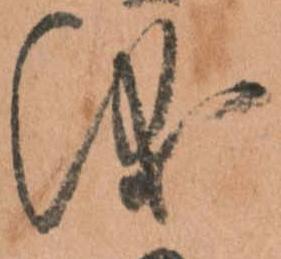
儀